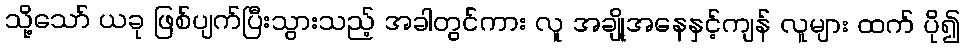
သို့သော် ယခု ဖြစ်ပျက်ပြီးသွားသည့် အခါတွင်ကား လူ အချို့အနေနှင့်ကျန် လူများ ထက် ပို၍